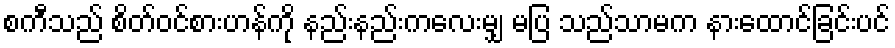
စကီသည် စိတ်ဝင်စားဟန်ကို နည်းနည်းကလေးမျှ မပြ သည်သာမက နားထောင်ခြင်းပင်